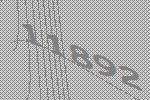
11892